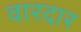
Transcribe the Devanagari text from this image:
वारदार